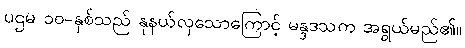
ပဌမ ၁၀-နှစ်သည် နုနယ်လှသောကြောင့် မန္ဒဒသက အရွယ်မည်၏။